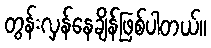
တွန်းလှန်နေချိန်ဖြစ်ပါတယ်။